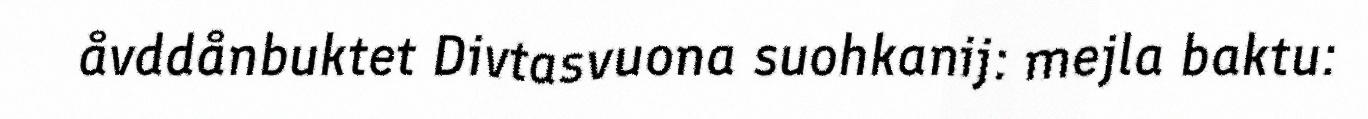
åvddånbuktet Divtasvuona suohkanij: mejla baktu: